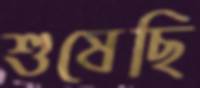
শুষেছি